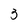
Character: 3